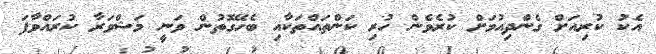
އެކު ކުރިއަށް ގެންދިއުމަށް ކުރެވެން ހުރި ކަންތައްތަކާއި ބެހޭގޮތުން ވަނީ މަޝްވަރާ ކުރައްވާފަ